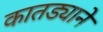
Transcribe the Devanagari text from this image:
कातड्याने